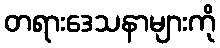
တရားဒေသနာများကို